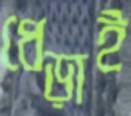
ধেড়াই